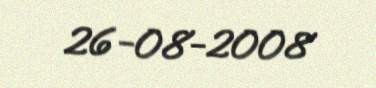
26-08-2008